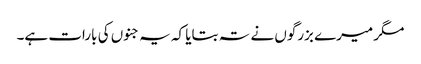
مگر میرے بزرگوں نے تہ بتایا کہ یہ جنوں کی بارات ہے۔